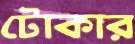
টোকার